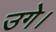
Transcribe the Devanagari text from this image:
उगे।